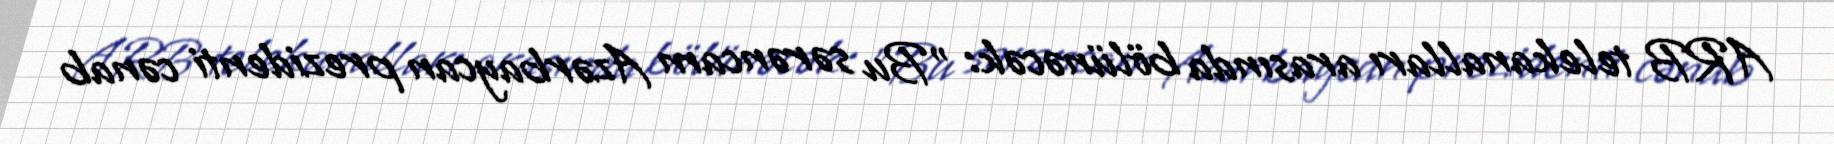
ARB telekanalları arasında bölünəcək: "Bu sərəncam Azərbaycan prezidenti cənab